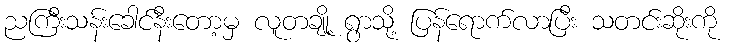
ညကြီးသန်းခေါင်နီးတော့မှ လူတချို့ ရွာသို့ ပြန်ရောက်လာပြီး သတင်းဆိုးကို